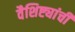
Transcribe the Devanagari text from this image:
वैशिष्ट्यांची